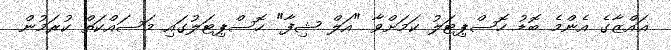
ޣައްޒާގެ އެންމެ ބޮޑު ހޮސްޕިޓަލު ކަމަށްވާ "އަލް ޝިފާ" ހޮސްޕިޓަލުގައި މަސައްކަތް ކުރަމުން